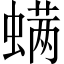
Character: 螨